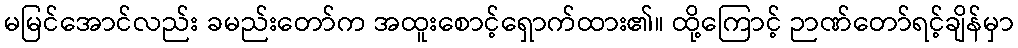
မမြင်အောင်လည်း ခမည်းတော်က အထူးစောင့်ရှောက်ထား၏။ ထို့ကြောင့် ဉာဏ်တော်ရင့်ချိန်မှာ